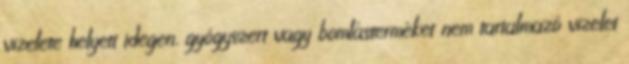
vizelete helyett idegen, gyógyszert vagy bomlásterméket nem tartalmazó vizelet